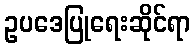
ဥပဒေပြုရေးဆိုင်ရာ